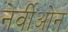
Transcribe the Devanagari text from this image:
नेर्वीओन